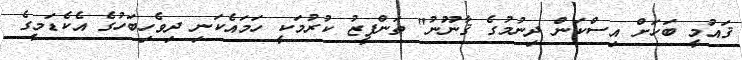
ޤައުމީ ބަހަށް އިސްކަން ދިނުމުގެ ޤާނޫނު" ތަންފީޒު ކުރުމަކީ ހަމައެކަނި ދިވެހިބަހުގެ އެކެޑަމީގެ